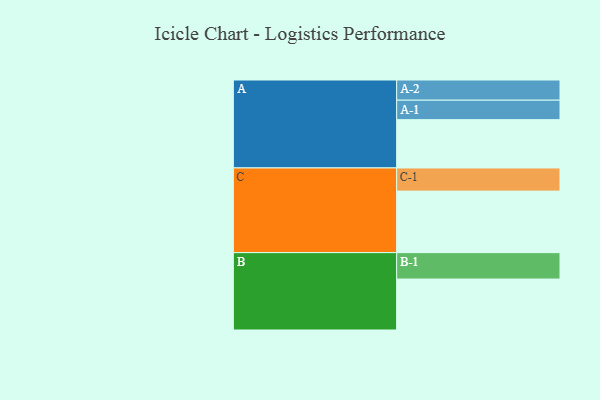
{"axis": {"x": "Segment", "y": "Value"}, "legend": ["", "A", "B", "C"], "data": [{"x": "A", "y": 342, "type": ""}, {"x": "B", "y": 361, "type": ""}, {"x": "C", "y": 436, "type": ""}, {"x": "A-1", "y": 138, "type": "A"}, {"x": "A-2", "y": 143, "type": "A"}, {"x": "B-1", "y": 187, "type": "B"}, {"x": "C-1", "y": 164, "type": "C"}]}